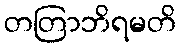
တတြာဘိရမတိ